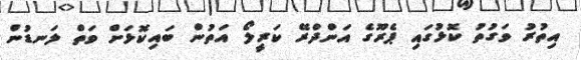
އިތުރު ވަގުތު ކޮޅުގައި ޕެރޫގެ އަންދްރޭ ކަރީލޯ އަތުން ބައިކޮޅަށް ވަތް ލަނޑުން